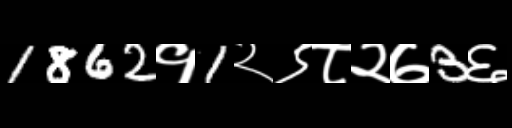
Text: 1862१1२९८२७3६